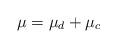
LaTeX: \begin{align*} \mu=\mu_d+\mu_c\end{align*}